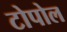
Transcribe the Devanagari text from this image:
टोपोल